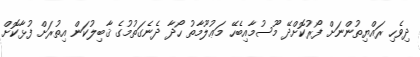
ދިވެހި ރައްޔިތުންނަށް ފޯރުކޮށްދޭ މޫސުމާއިބެހޭ މަޢުލޫމާތު ހޯދާ ދެނެގަތުމުގެ ޤާބިލުކަން އިތުރަށް ފުޅާކޮށް